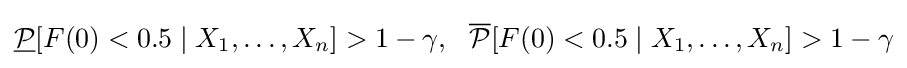
{\underline {\mathcal {P}}}[F(0)<0.5\mid X_{1},\dots ,X_{n}]>1-\gamma ,~~{\overline {\mathcal {P}}}[F(0)<0.5\mid X_{1},\dots ,X_{n}]>1-\gamma